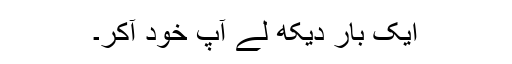
ايک بار ديکھ لے آپ خود آکر۔